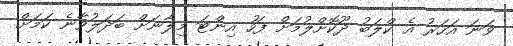
ވަނަ އަހަރު އެ ކްލަބު ދޫކޮށްލުމަށް ފަހު އިންޓަ މިލާނަށް ބަދަލުވާނެ ކަމަށް